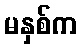
မနှစ်က